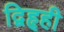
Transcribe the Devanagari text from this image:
द्विहृही